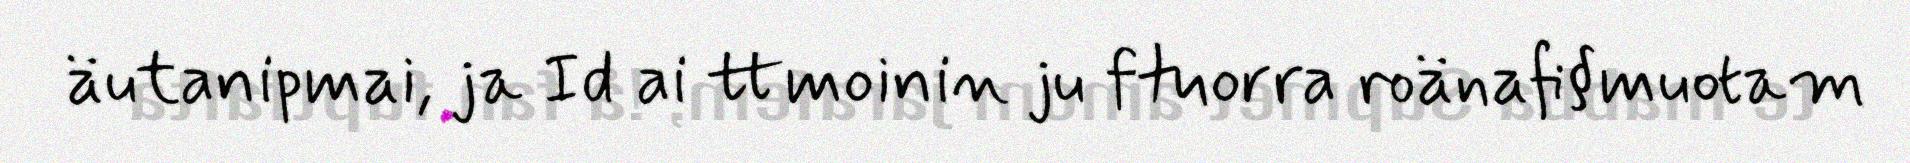
äutanipmai, ja Id ai ttmoinin ju ftuorra roänafi§muotam